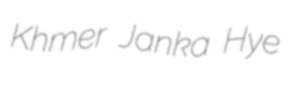
Khmer Janka Hye